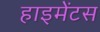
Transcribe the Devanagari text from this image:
हाइमेंटस